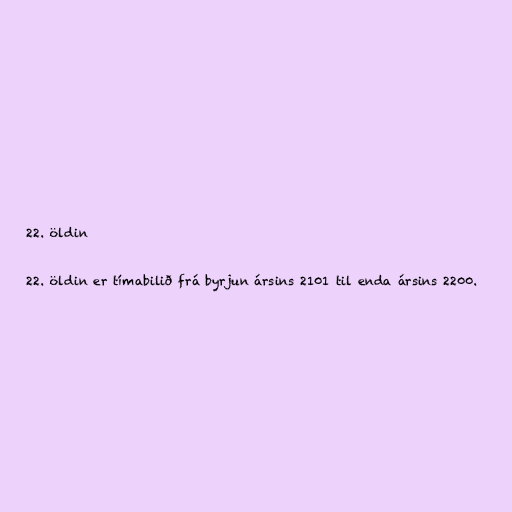
22. öldin

22. öldin er tímabilið frá byrjun ársins 2101 til enda ársins 2200.